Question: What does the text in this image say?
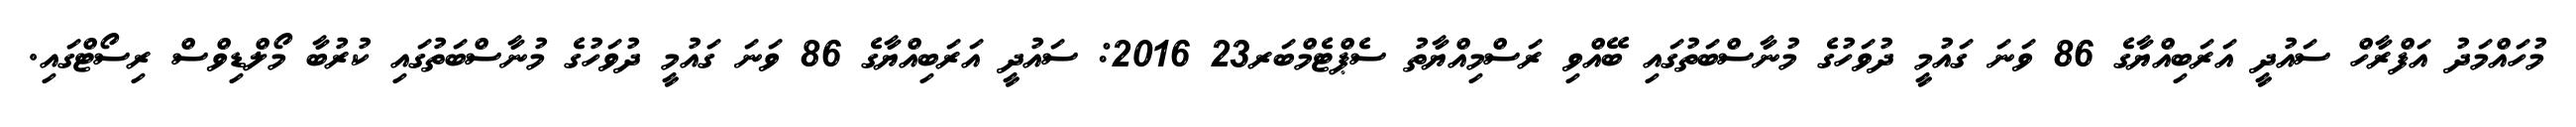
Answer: މުހައްމަދު އަފްރާހް ސައުދީ އަރަބިއްޔާގެ 86 ވަނަ ގައުމީ ދުވަހުގެ މުނާސްބަތުގައި ބޭއްވި ރަސްމިއްޔާތު ސެޕްޓެމްބަރ23 2016: ސައުދީ އަރަބިއްޔާގެ 86 ވަނަ ގައުމީ ދުވަހުގެ މުނާސްބަތުގައި ކުރުބާ މޯލްޑިވްސް ރިސޯޓްގައި.